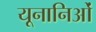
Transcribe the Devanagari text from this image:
यूनानिओं